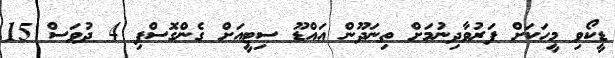
ޑީކޯވި މީހަކަށް ފަރުވާދިނުމަށް ތިނަދޫން އައްޑޫ ސިޓީއަށް ގެންގޮސްފި 4 ދުވަސް 15